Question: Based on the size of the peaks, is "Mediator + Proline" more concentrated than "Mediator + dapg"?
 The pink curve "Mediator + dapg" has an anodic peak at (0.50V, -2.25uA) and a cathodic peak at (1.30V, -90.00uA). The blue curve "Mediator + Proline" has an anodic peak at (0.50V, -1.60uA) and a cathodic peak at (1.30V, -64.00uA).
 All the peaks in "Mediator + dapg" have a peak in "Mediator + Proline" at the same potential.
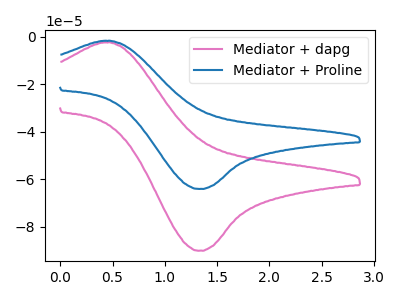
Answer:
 <answer>I cant tell if "Mediator + dapg" or "Mediator + Proline" has higher concentration.</answer>
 <eval>mixed_concentration</eval>